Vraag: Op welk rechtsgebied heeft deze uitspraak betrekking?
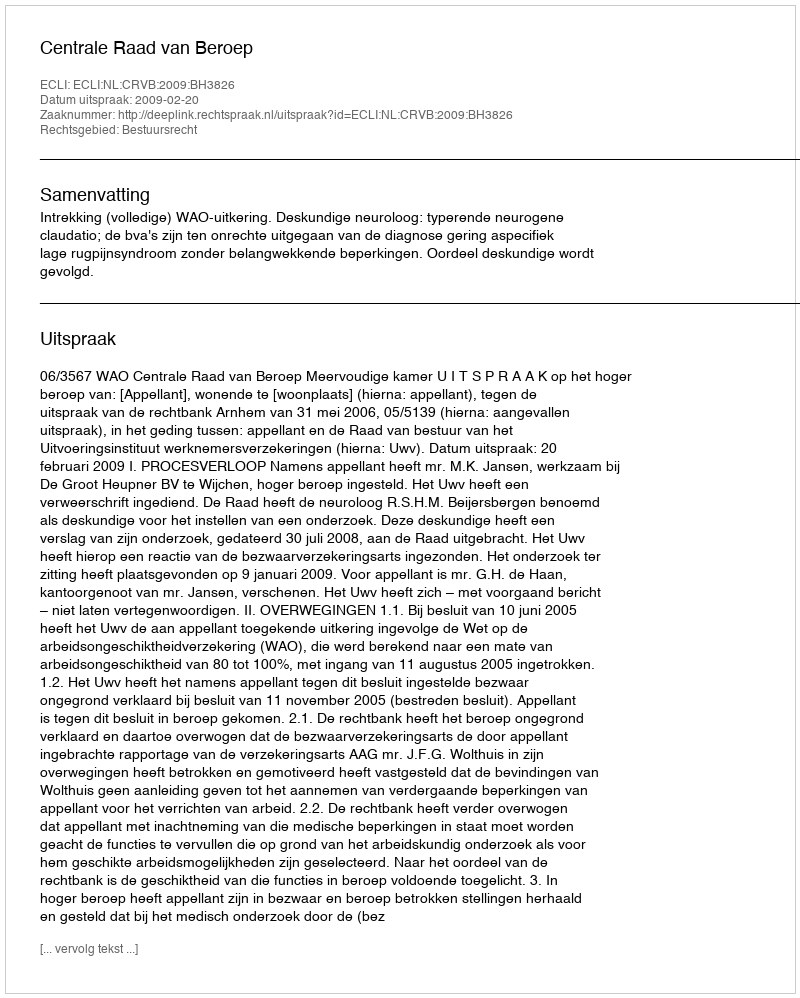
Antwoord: Bestuursrecht